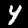
Digit: 4